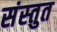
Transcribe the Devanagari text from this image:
संस्‍तुत